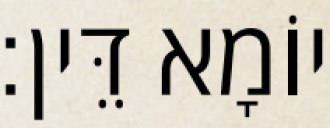
יוֹמָא דֵּין׃